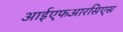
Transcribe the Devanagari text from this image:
आईएफआरसिएस